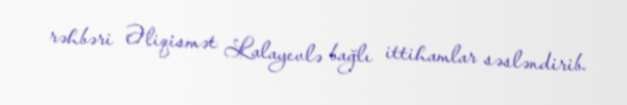
rəhbəri Əliqismət Lalayevlə bağlı ittihamlar səsləndirib.